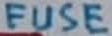
Text: FUSE